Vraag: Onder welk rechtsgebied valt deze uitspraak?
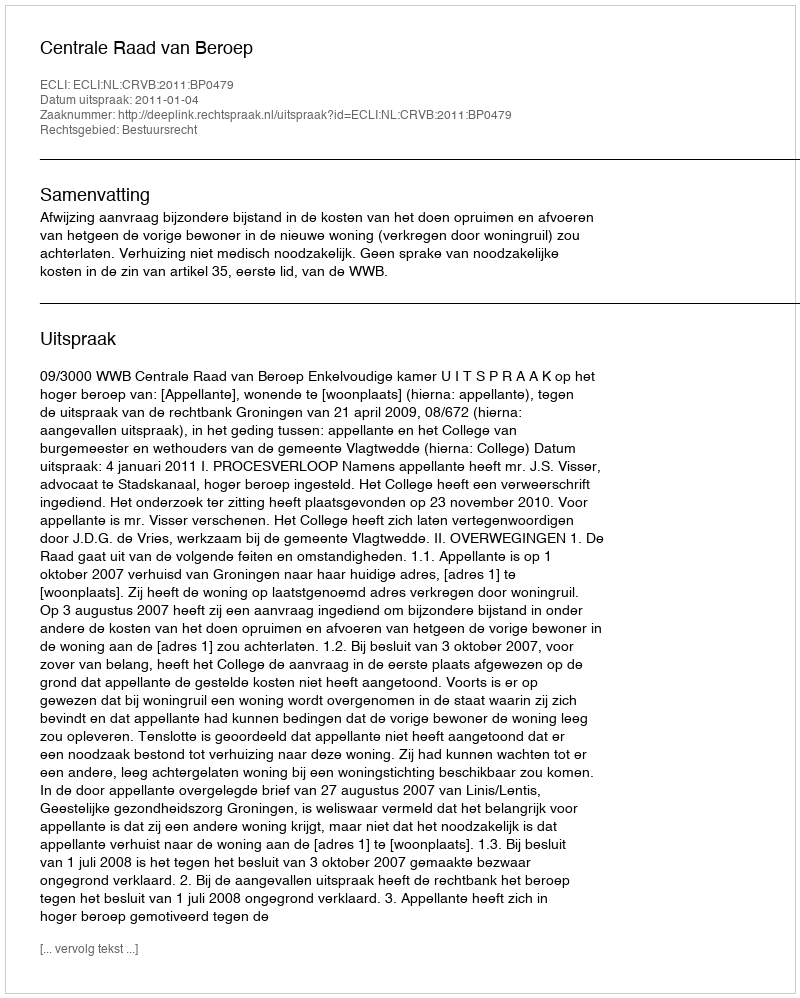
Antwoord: Bestuursrecht